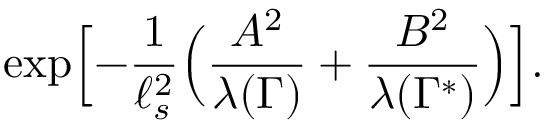
\exp \Bigl [ - { \frac { 1 } { \ell _ { s } ^ { 2 } } } \Bigl ( { \frac { A ^ { 2 } } { \lambda ( \Gamma ) } } + { \frac { B ^ { 2 } } { \lambda ( \Gamma ^ { * } ) } } \Bigr ) \Bigr ] .